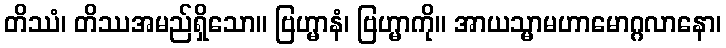
တိဿံ၊ တိဿအမည်ရှိသော။ ဗြဟ္မာနံ၊ ဗြဟ္မာကို။ အာယသ္မာမဟာမောဂ္ဂလာနော၊